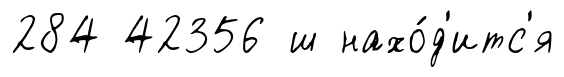
284 42356 ш нахо́д'итс'я